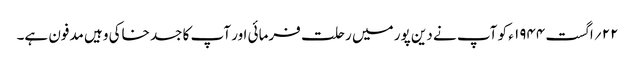
۲۲ ؍اگست ۱۹۴۴ ء کو آپ نے دین پور میں رحلت فرمائی اور آپ کا جسد خاکی وہیں مدفون ہے۔